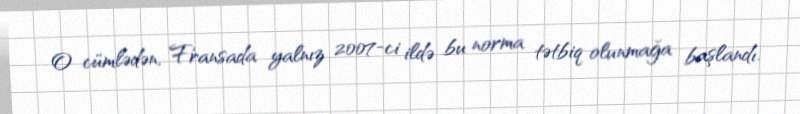
O cümlədən, Fransada yalnız 2007-ci ildə bu norma tətbiq olunmağa başlandı.